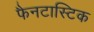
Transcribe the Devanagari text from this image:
फैनटास्टिक